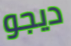
ديجو